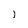
Character: 1